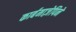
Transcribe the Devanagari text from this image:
कार्बमाज़ेपिने